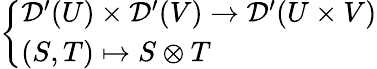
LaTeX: \left\{ \begin{array}{ll}{{\mathcal{D}}^{\prime}(U)\times{\mathcal{D}}^{\prime}(V)\to{\mathcal{D}}^{\prime}(U\times V)}\\ {(S,T)\mapsto S\otimes T}\end{array}\right.